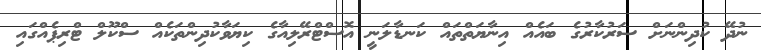
ނުދޭ ކުދިންނަށް ސަރުކާރުގެ ބައެއް އިނާޔަތްތައް ކަނޑާލަނީ އޮސްޓްރޭލިއާގެ ކިޔަވާކުދިންތަކެއް ސްކޫލް ޓްރިޕެއްގައި